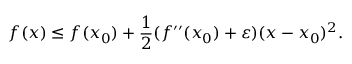
f ( x ) \leq f ( x _ { 0 } ) + { \frac { 1 } { 2 } } ( f ^ { \prime \prime } ( x _ { 0 } ) + \varepsilon ) ( x - x _ { 0 } ) ^ { 2 } .